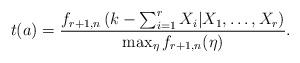
LaTeX: \begin{align*} t(a) = \frac{ f_{r+1,n}\left(k - \sum_{i=1}^r X_i | X_1, \ldots, X_r \right) }{\max_\eta f_{r+1,n}(\eta) }. \end{align*}